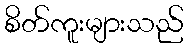
စိတ်ကူးများသည်